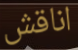
اناقش